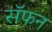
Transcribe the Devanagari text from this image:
सॅफन